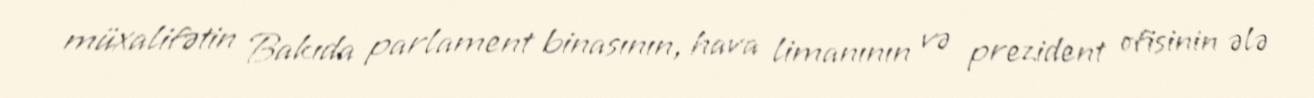
müxalifətin Bakıda parlament binasının, hava limanının və prezident ofisinin ələ